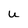
Character: u